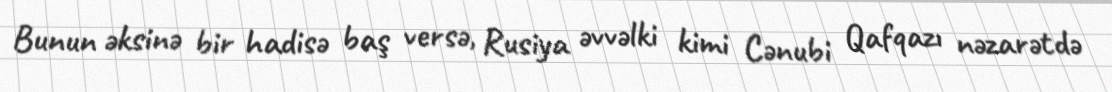
Bunun əksinə bir hadisə baş versə, Rusiya əvvəlki kimi Cənubi Qafqazı nəzarətdə